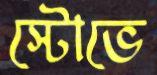
স্টোভে